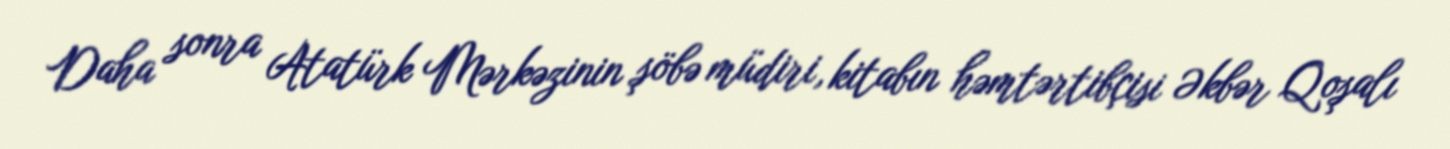
Daha sonra Atatürk Mərkəzinin şöbə müdiri, kitabın həmtərtibçisi Əkbər Qoşalı